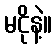
မငိုနဲ့။